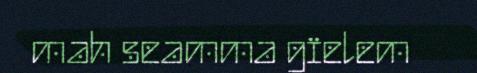
mah seamma gïelem